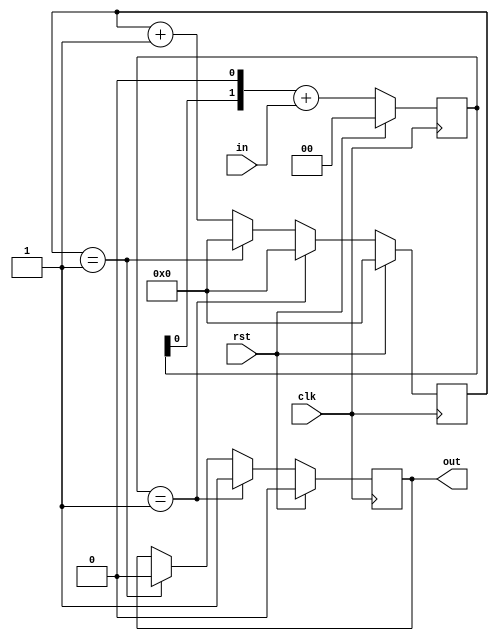
`timescale 1ns / 1ps

/*******************************************************************
*
* Module: rise_edge_det_ext.v
* Project: Digital Alarm Clock
* Description: rising clock edge detector
*
* Change history: 1/5/2024  18/5/2024
*
*
**********************************************************************/




module rise_edge_det_ext #(parameter n = 2) (input clk, rst, in, output reg out);
    reg[1:0] shiftReg;
    reg[31:0] count;

    always @(posedge clk) begin
        if (rst) begin 
        shiftReg <= 0;
        count <= 0;
        out <= 0;
        end
        
	else begin 
	shiftReg <= (shiftReg << 1) + in;
        if (count == n - 1) begin
           count <= 0;
           out <= 0;
          end
            else count <= count + 1;
        
            if (shiftReg == 1) begin
            count <= 0;
            out <= 1;
            end
        end
    end    
endmodule